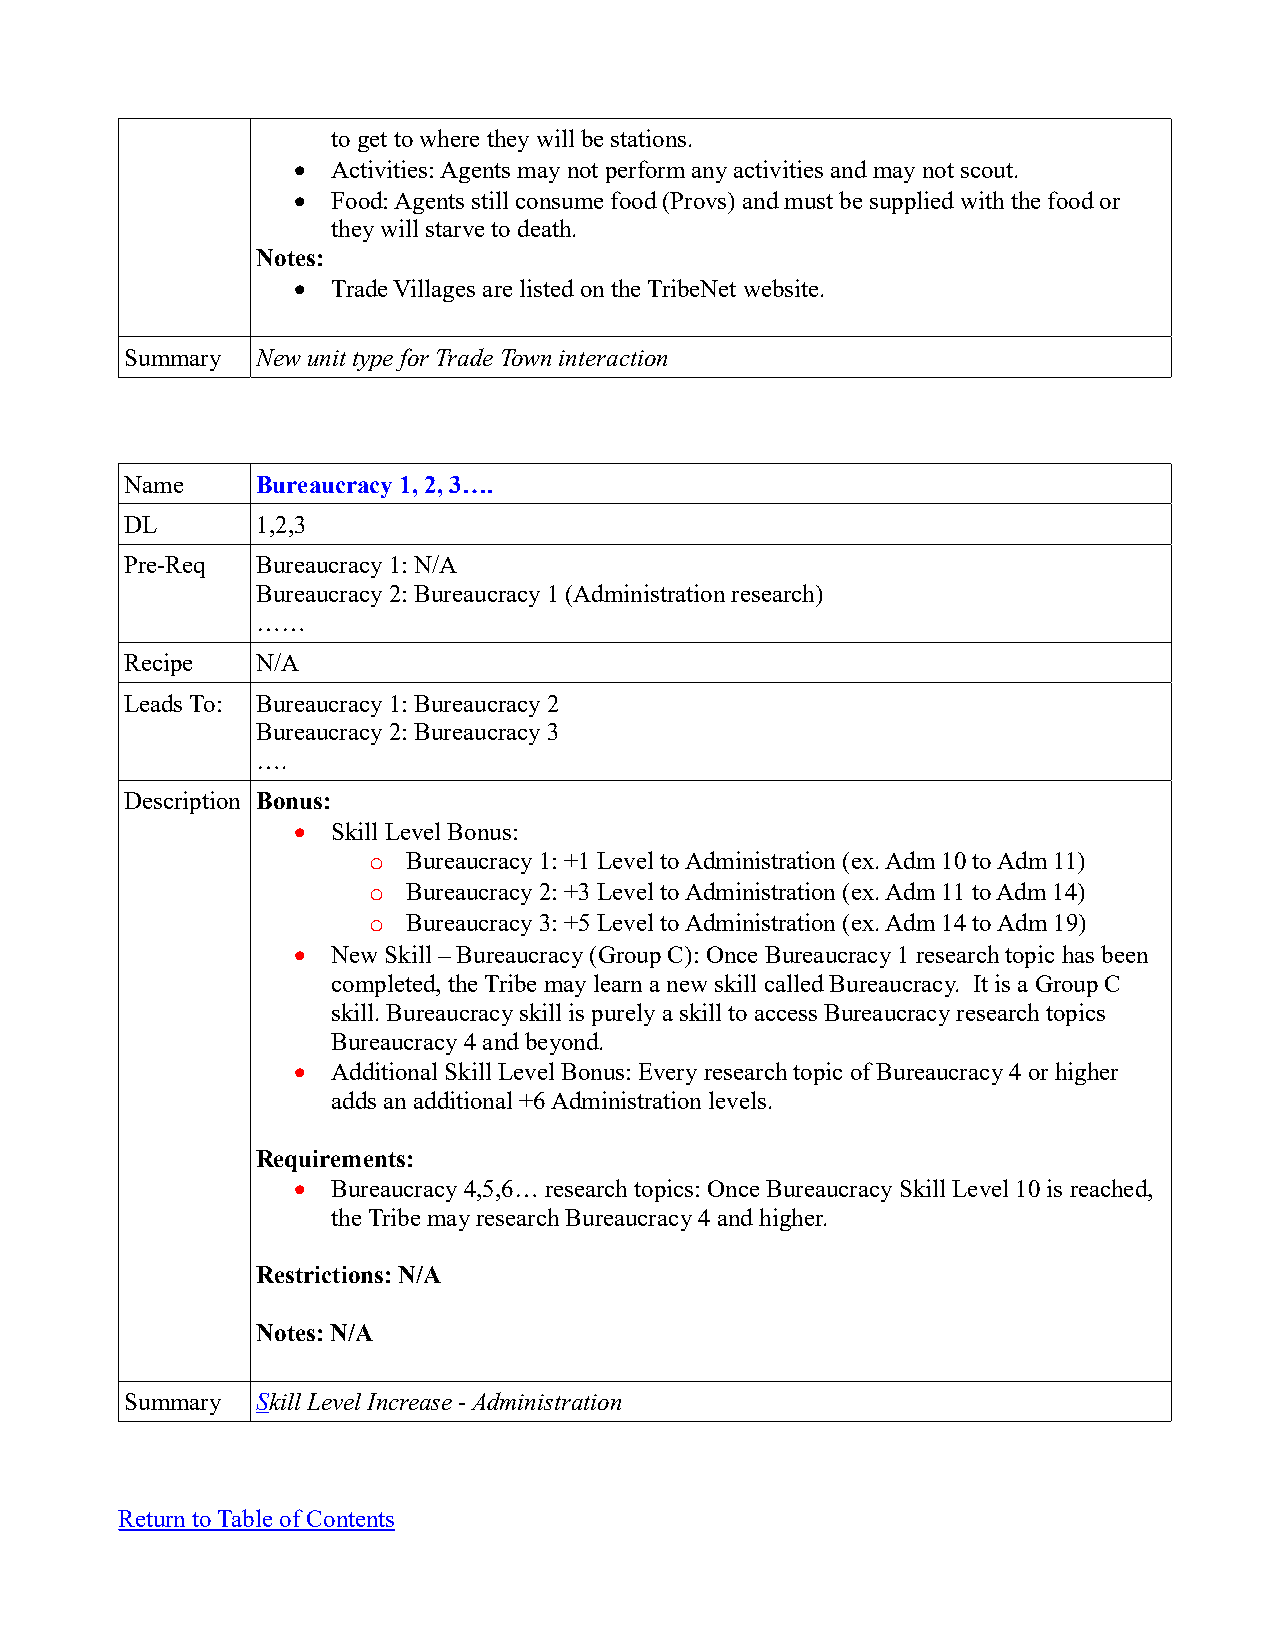
to get to where they will be stations.
   Activities: Agents may not perform any activities and may not scout.
   Food: Agents still consume food (Provs) and must be supplied with the food or
 they will starve to death.
 Notes:
   Trade Villages are listed on the TribeNet website.
 Summary  New unit type for Trade Town interaction
 Name     Bureaucracy 1, 2, 3….
 DL       1,2,3
 Pre-Req  Bureaucracy 1: N/A
 Bureaucracy 2: Bureaucracy 1 (Administration research)
 ……
 Recipe   N/A
 Leads To: Bureaucracy 1: Bureaucracy 2
 Bureaucracy 2: Bureaucracy 3
 ….
 Description Bonus:
   Skill Level Bonus:
 o  Bureaucracy 1: +1 Level to Administration (ex. Adm 10 to Adm 11)
 o  Bureaucracy 2: +3 Level to Administration (ex. Adm 11 to Adm 14)
 o  Bureaucracy 3: +5 Level to Administration (ex. Adm 14 to Adm 19)
   New Skill – Bureaucracy (Group C): Once Bureaucracy 1 research topic has been
 completed, the Tribe may learn a new skill called Bureaucracy. It is a Group C
 skill. Bureaucracy skill is purely a skill to access Bureaucracy research topics
 Bureaucracy 4 and beyond.
   Additional Skill Level Bonus: Every research topic of Bureaucracy 4 or higher
 adds an additional +6 Administration levels.
 Requirements:
   Bureaucracy 4,5,6… research topics: Once Bureaucracy Skill Level 10 is reached,
 the Tribe may research Bureaucracy 4 and higher.
 Restrictions: N/A
 Notes: N/A
 Summary  Skill Level Increase - Administration
 Return to Table of Contents